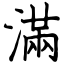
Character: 滿